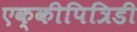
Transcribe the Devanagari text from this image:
एक्कीपित्रिडी